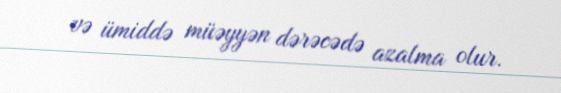
və ümiddə müəyyən dərəcədə azalma olur.